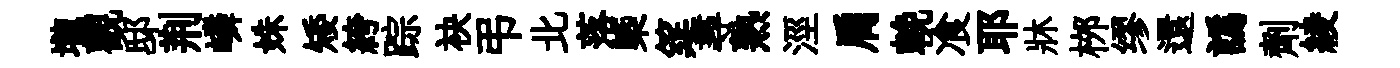
壠觀邸荆嶙姝矮絝踪袂弔北落㮣筵尋熟涇肩輓飡耶牀桞缪還譌劑綾